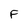
Character: F